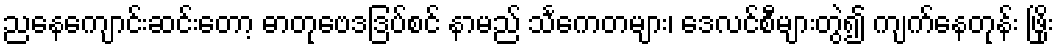
ညနေကျောင်းဆင်းတော့ ဓာတုဗေဒဒြပ်စင် နာမည် သင်္ကေတများ၊ ဒေလင်စီများတွဲ၍ ကျက်နေတုန်း ဖြိုး